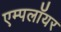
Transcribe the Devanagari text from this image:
एम्पलॉयर